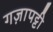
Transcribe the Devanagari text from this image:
गज़ापट्टी